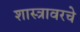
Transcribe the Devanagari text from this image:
शास्त्रावरचे